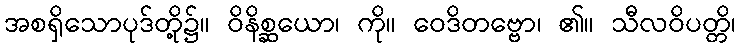
အစရှိသောပုဒ်တို့၌။ ဝိနိစ္ဆယော၊ ကို။ ဝေဒိတဗ္ဗော၊ ၏။ သီလဝိပတ္တိ၊